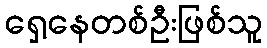
ရှေ့နေတစ်ဦးဖြစ်သူ